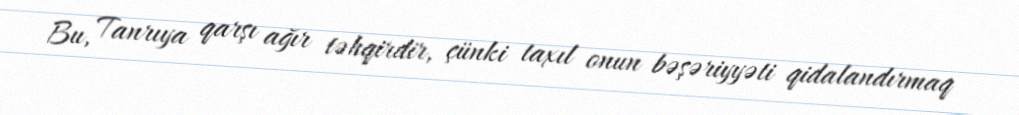
Bu, Tanrıya qarşı ağır təhqirdir, çünki taxıl onun bəşəriyyəti qidalandırmaq